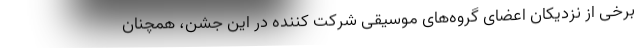
برخی از نزدیکان اعضای گروه‌های موسیقی شرکت کننده در این جشن، همچنان